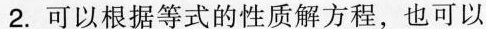
2.可以根据等式的性质解方程，也可以